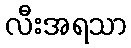
လီးအရသာ